Civil Veterinary Department Bihar & Orissa reports 1911-21 - 1911-1921
Year: 1911
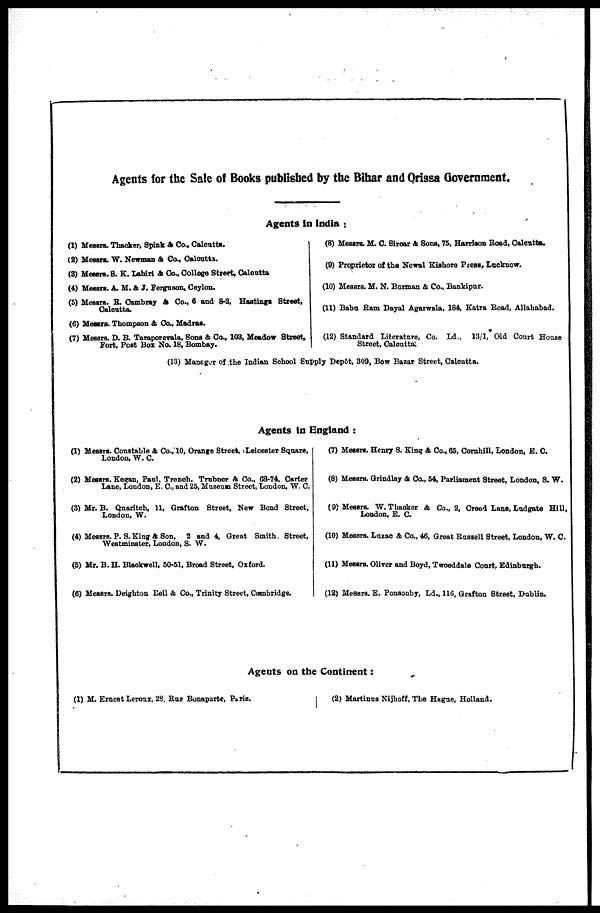
Agents for the Sale of Books published by the Bihar and Orissa Government.
Agents in India :
(1) Messrs. Thacker, Spink & Co., Calcutta.
(2) Messrs. W. Newman & Co., Calcutta.
(3) Messrs. S. K. Lahiri & Co., College Street, Calcutta
(4) Messrs. A. M. & J. Ferguson, Ceylon.
(5) Messrs. R. Cambray & Co., 6 and 8-2, Hastings Street,
Calcutta.
(6) Messrs. Thompson & Co., Madras.
(7) Messrs. D. B. Taraporevala, Sona & Co., 103, Meadow Street,
Fort, Post Box No. 18, Bombay.
(8) Messrs. M. C. Sircar & Sons, 75, Harrison Road, Calcutta.
(9) Proprietor of the Newal Kishore Press, Lucknow.
(10) Messrs. M. N. Barman & Co., Bankipur.
(11) Baba Ram Dayal Agarwala, 184, Katra Road, Allahabad.
(12) Standard Literature, Co. Ld., 13/1, Old Court House
Street, Calcutta;
(13) Manager of the Indian School Supply Depôt, 309, Bow Bazar Street, Calcutta.
Agents in England :
(1) Messrs. Constable & Co.,'10, Orange Street, Leicester Square,
London, W. C.
(2) Messrs. Kegan, Paul. Trench. Trnbner & Co., 68-74, Carter
Lane, London, E. C, and 25, Museum Street, London, W. C.
(3) Mr. B. Quaritch, 11, Grafton Street, New Bond Street,
London, W.
(4) Messrs. P. S. King & Son, 2 and 4, Great Smith. Street,
Westminster, London, S. W.
(5) Mr. B. H. Blackwell, 50-51, Broad Street, Oxford.
(6) Messrs. Deighton Bell & Co., Trinity Street, Cambridge.
(7) Messrs. Henry S. King & Co., 65, Cornhill, London, E. C.
(8) Messrs. Grindlay & Co., 54, Parliament Street, London, S. W.
(9) Messrs. W. Thaoker & Co., 2, Creed Lane, Lndgate Hill,
London, E. C.
(10) Messrs. Luzac & Co., 46, Great Russell Street, London, W. C.
(11) Messrs. Oliver and Boyd, Tweeddale Court Edinburgh.
(12) Messrs. E. Ponsonby, Ld., 116, Grafton Street, Dublin.
Agents on the Continent :
(1) M. Ernest Leroux, 23, Rue Bonaparte, Paris.
(2) Martinus Nijhoff, The Hague, Holland.